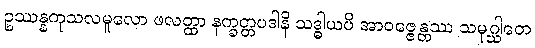
ဥဿန္နကုသလမူလော ဖလတ္ထာ နက္ခတ္တပဒါနိ သဒ္ဓါယပိ အာဝဇ္ဇေန္တဿ သမုဂ္ဃါတေ